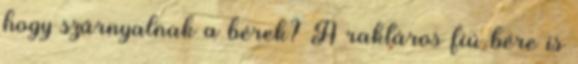
hogy szárnyalnak a bérek? A raktáros fiú bére is